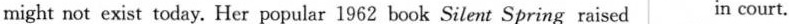
might not exist today. Her popular 1962 book Silent Spring raised in court.